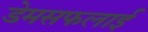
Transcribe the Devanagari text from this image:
डेमसफलाई